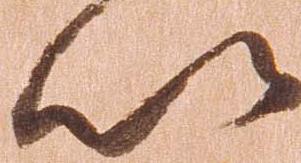
以